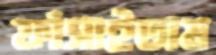
ফাঁসাইতাম